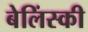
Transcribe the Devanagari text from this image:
बेलिंस्की